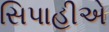
સિપાહીએ